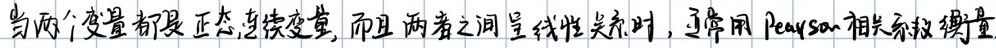
当两个变量都是正态连续变量, 而且两者之间呈线性关系时, 通常用Pearson相关系数衡量